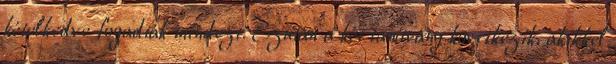
kételkedve fogadták mindezt. Ezután a két tanítvány következik, akikkel